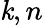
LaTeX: \mathit{k},n